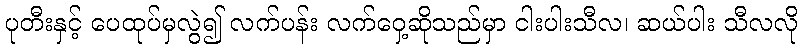
ပုတီးနှင့် ပေထုပ်မှလွဲ၍ လက်ပန်း လက်ဝှေ့ဆိုသည်မှာ ငါးပါးသီလ၊ ဆယ်ပါး သီလလို